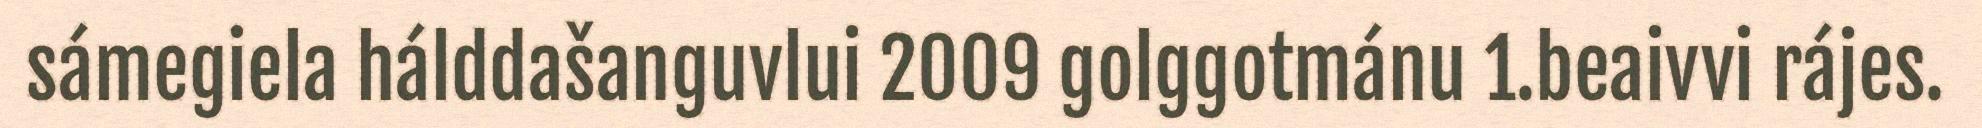
sámegiela hálddašanguvlui 2009 golggotmánu 1.beaivvi rájes.